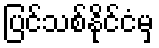
ပြင်သစ်နိုင်ငံမှ